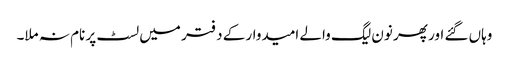
وہاں گئے اور پھر نون لیگ والے امیدوار کے دفتر میں لسٹ پر نام نہ ملا۔